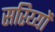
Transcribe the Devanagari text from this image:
सरिय्यों